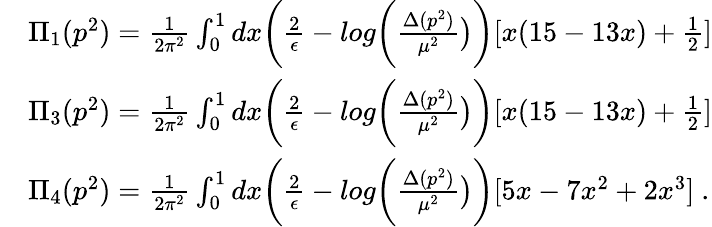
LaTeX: \begin{array}{rl}&{\Pi_{1}(p^{2})=\frac{1}{2\pi^{2}}\int_{0}^{1}dx\biggl(\frac{2}{\epsilon}-log\biggl(\frac{\Delta(p^{2})}{\mu^{2}}\bigr)\biggr)[x(15-13x)+\frac{1}{2}]}\\ &{\Pi_{3}(p^{2})=\frac{1}{2\pi^{2}}\int_{0}^{1}dx\biggl(\frac{2}{\epsilon}-log\biggl(\frac{\Delta(p^{2})}{\mu^{2}}\bigr)\biggr)[x(15-13x)+\frac{1}{2}]}\\ &{\Pi_{4}(p^{2})=\frac{1}{2\pi^{2}}\int_{0}^{1}dx\biggl(\frac{2}{\epsilon}-log\biggl(\frac{\Delta(p^{2})}{\mu^{2}}\bigr)\biggr)[5x-7x^{2}+2x^{3}]\ .}\end{array}